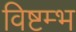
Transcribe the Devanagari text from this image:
विष्टम्भ